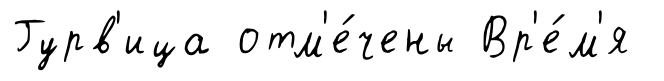
Гурв'ица отм'е́чены Вр'е́м'я